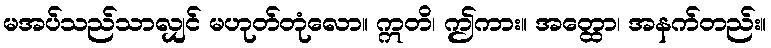
မအပ်သည်သာလျှင် မဟုတ်တုံလော။ ဣတိ၊ ဤကား။ အတ္ထော၊ အနက်တည်း။